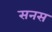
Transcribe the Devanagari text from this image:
सनस